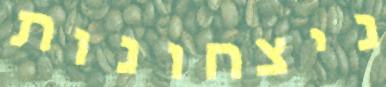
ניצחונות